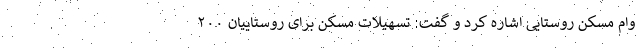
وام مسکن روستایی اشاره کرد و گفت: تسهیلات مسکن برای روستاییان ۲۰۰